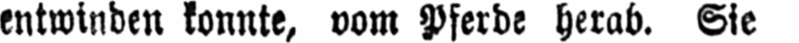
entwinden konnte, vom Pferde herab. Sie